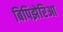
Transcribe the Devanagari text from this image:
बिपिझेरिआ